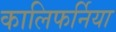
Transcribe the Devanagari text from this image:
कालिफर्निया